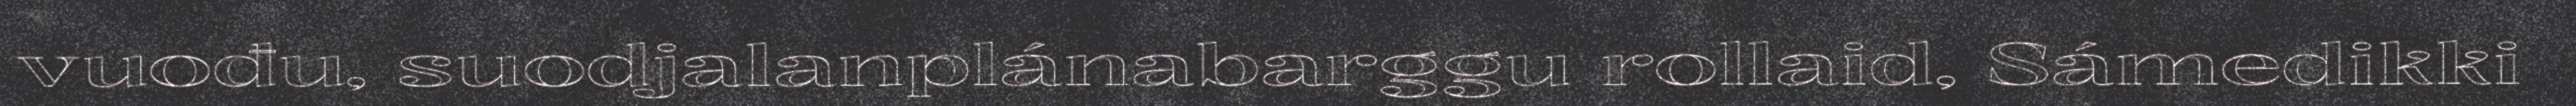
vuođu, suodjalanplánabarggu rollaid, Sámedikki